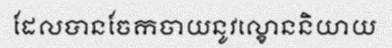
ដែលបានចែកចាយនូវល្ខោននិយាយ